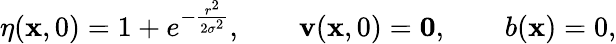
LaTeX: \eta(\mathbf{x},0)=1+e^{-\frac{r^{2}}{2\sigma^{2}}},\qquad\mathbf{v}(\mathbf{x},0)=\mathbf{0},\qquad b(\mathbf{x})=0,